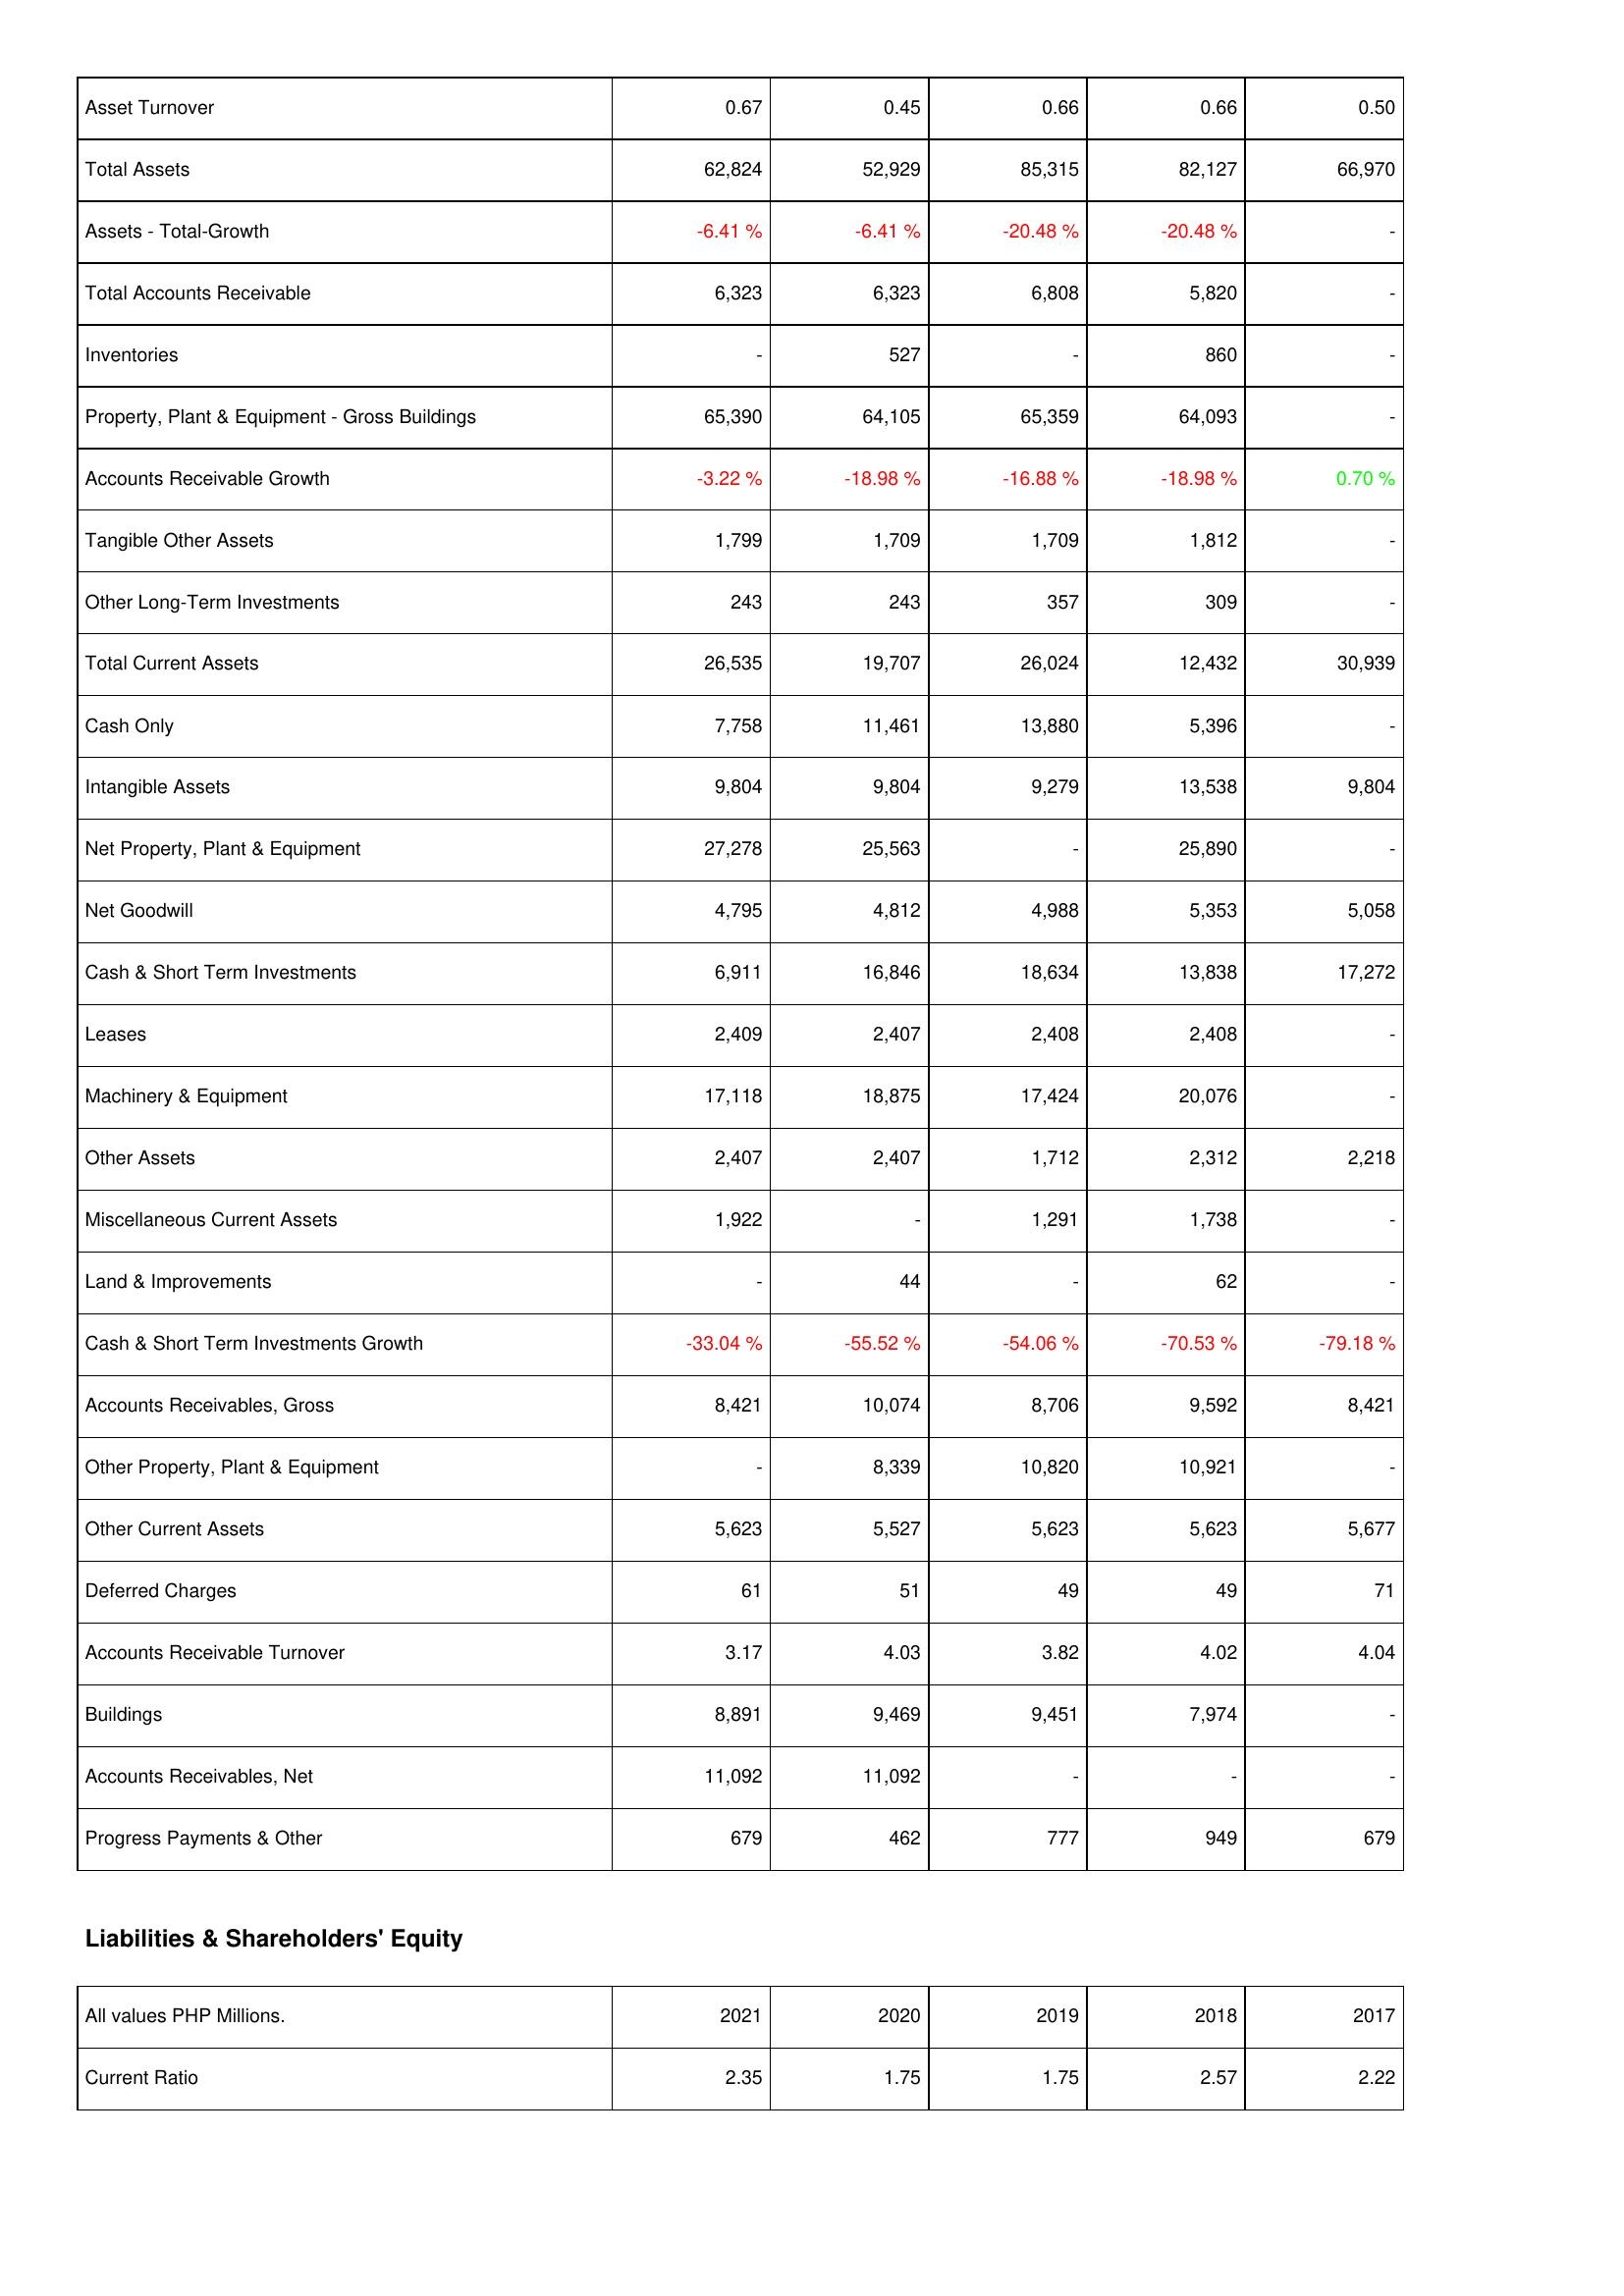
2021: Assets: Asset Turnover: 0.67
Total Assets: 62,824
Assets - Total-Growth: -6.41 %
Total Accounts Receivable: 6,323
Inventories: -
Property, Plant & Equipment - Gross Buildings: 65,390
Accounts Receivable Growth: -3.22 %
Tangible Other Assets: 1,799
Other Long-Term Investments: 243
Total Current Assets: 26,535
Cash Only: 7,758
Intangible Assets: 9,804
Net Property, Plant & Equipment: 27,278
Net Goodwill: 4,795
Cash & Short Term Investments: 6,911
Leases: 2,409
Machinery & Equipment: 17,118
Other Assets: 2,407
Miscellaneous Current Assets: 1,922
Land & Improvements: -
Cash & Short Term Investments Growth: -33.04 %
Accounts Receivables, Gross: 8,421
Other Property, Plant & Equipment: -
Other Current Assets: 5,623
Deferred Charges: 61
Accounts Receivable Turnover: 3.17
Buildings: 8,891
Accounts Receivables, Net: 11,092
Progress Payments & Other: 679
Liabilities & Shareholders' Equity: Current Ratio: 2.35
2020: Assets: Asset Turnover: 0.45
Total Assets: 52,929
Assets - Total-Growth: -6.41 %
Total Accounts Receivable: 6,323
Inventories: 527
Property, Plant & Equipment - Gross Buildings: 64,105
Accounts Receivable Growth: -18.98 %
Tangible Other Assets: 1,709
Other Long-Term Investments: 243
Total Current Assets: 19,707
Cash Only: 11,461
Intangible Assets: 9,804
Net Property, Plant & Equipment: 25,563
Net Goodwill: 4,812
Cash & Short Term Investments: 16,846
Leases: 2,407
Machinery & Equipment: 18,875
Other Assets: 2,407
Miscellaneous Current Assets: -
Land & Improvements: 44
Cash & Short Term Investments Growth: -55.52 %
Accounts Receivables, Gross: 10,074
Other Property, Plant & Equipment: 8,339
Other Current Assets: 5,527
Deferred Charges: 51
Accounts Receivable Turnover: 4.03
Buildings: 9,469
Accounts Receivables, Net: 11,092
Progress Payments & Other: 462
Liabilities & Shareholders' Equity: Current Ratio: 1.75
2019: Assets: Asset Turnover: 0.66
Total Assets: 85,315
Assets - Total-Growth: -20.48 %
Total Accounts Receivable: 6,808
Inventories: -
Property, Plant & Equipment - Gross Buildings: 65,359
Accounts Receivable Growth: -16.88 %
Tangible Other Assets: 1,709
Other Long-Term Investments: 357
Total Current Assets: 26,024
Cash Only: 13,880
Intangible Assets: 9,279
Net Property, Plant & Equipment: -
Net Goodwill: 4,988
Cash & Short Term Investments: 18,634
Leases: 2,408
Machinery & Equipment: 17,424
Other Assets: 1,712
Miscellaneous Current Assets: 1,291
Land & Improvements: -
Cash & Short Term Investments Growth: -54.06 %
Accounts Receivables, Gross: 8,706
Other Property, Plant & Equipment: 10,820
Other Current Assets: 5,623
Deferred Charges: 49
Accounts Receivable Turnover: 3.82
Buildings: 9,451
Accounts Receivables, Net: -
Progress Payments & Other: 777
Liabilities & Shareholders' Equity: Current Ratio: 1.75
2018: Assets: Asset Turnover: 0.66
Total Assets: 82,127
Assets - Total-Growth: -20.48 %
Total Accounts Receivable: 5,820
Inventories: 860
Property, Plant & Equipment - Gross Buildings: 64,093
Accounts Receivable Growth: -18.98 %
Tangible Other Assets: 1,812
Other Long-Term Investments: 309
Total Current Assets: 12,432
Cash Only: 5,396
Intangible Assets: 13,538
Net Property, Plant & Equipment: 25,890
Net Goodwill: 5,353
Cash & Short Term Investments: 13,838
Leases: 2,408
Machinery & Equipment: 20,076
Other Assets: 2,312
Miscellaneous Current Assets: 1,738
Land & Improvements: 62
Cash & Short Term Investments Growth: -70.53 %
Accounts Receivables, Gross: 9,592
Other Property, Plant & Equipment: 10,921
Other Current Assets: 5,623
Deferred Charges: 49
Accounts Receivable Turnover: 4.02
Buildings: 7,974
Accounts Receivables, Net: -
Progress Payments & Other: 949
Liabilities & Shareholders' Equity: Current Ratio: 2.57
2017: Assets: Asset Turnover: 0.50
Total Assets: 66,970
Assets - Total-Growth: -
Total Accounts Receivable: -
Inventories: -
Property, Plant & Equipment - Gross Buildings: -
Accounts Receivable Growth: 0.70 %
Tangible Other Assets: -
Other Long-Term Investments: -
Total Current Assets: 30,939
Cash Only: -
Intangible Assets: 9,804
Net Property, Plant & Equipment: -
Net Goodwill: 5,058
Cash & Short Term Investments: 17,272
Leases: -
Machinery & Equipment: -
Other Assets: 2,218
Miscellaneous Current Assets: -
Land & Improvements: -
Cash & Short Term Investments Growth: -79.18 %
Accounts Receivables, Gross: 8,421
Other Property, Plant & Equipment: -
Other Current Assets: 5,677
Deferred Charges: 71
Accounts Receivable Turnover: 4.04
Buildings: -
Accounts Receivables, Net: -
Progress Payments & Other: 679
Liabilities & Shareholders' Equity: Current Ratio: 2.22